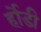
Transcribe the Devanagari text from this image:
र्होडी